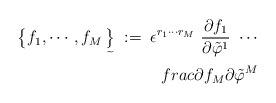
\begin{align*}\bigl\{ f_1, \cdots , f_M\mathop{\big\}}\limits_{\widetilde{ }} \;:=\;\epsilon^{r_1\cdots r_M} \ \frac{\partial f_1}{\partial \tilde{\varphi}^1} \ \cdots \\frac{\partial f_M}{\partial \tilde{\varphi}^M}\end{align*}